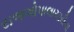
રાજગોપાલાચારીના